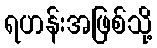
ရဟန်းအဖြစ်သို့